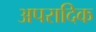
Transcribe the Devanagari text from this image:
अपरादिक